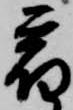
宿